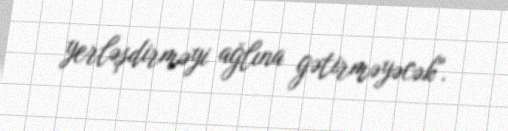
yerləşdirməyi ağlına gətirməyəcək".